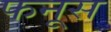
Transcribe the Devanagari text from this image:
फनूस